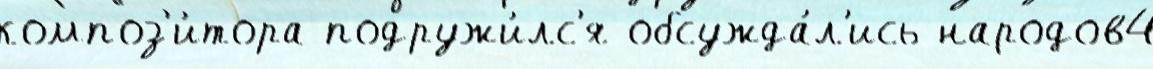
композ'и́тора подружи́лс'я обсужда́л'ись народов4